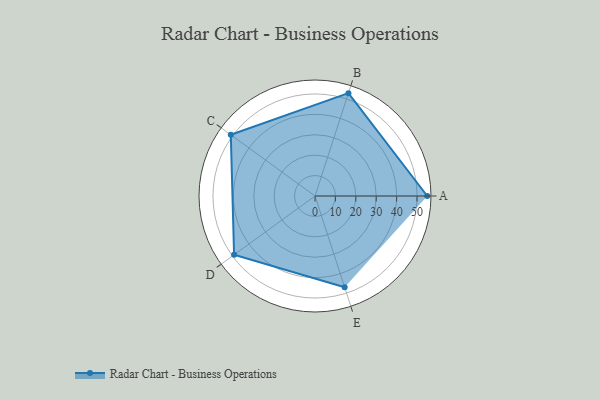
{"axis": {"x": "Skill", "y": "Score"}, "legend": ["Profile"], "data": [{"x": "A", "y": 55.0, "type": "Profile"}, {"x": "B", "y": 53.0, "type": "Profile"}, {"x": "C", "y": 51.0, "type": "Profile"}, {"x": "D", "y": 49.0, "type": "Profile"}, {"x": "E", "y": 47.0, "type": "Profile"}]}